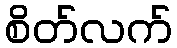
စိတ်လက်